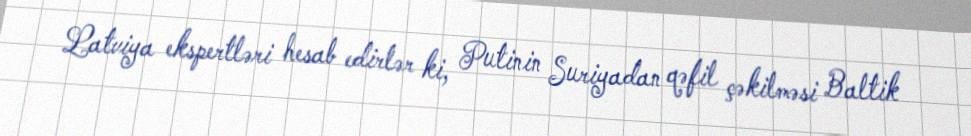
Latviya ekspertləri hesab edirlər ki, Putinin Suriyadan qəfil çəkilməsi Baltik